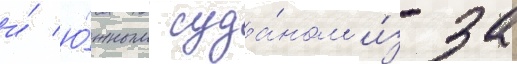
и́ ю́жным суда́ном и́з-за